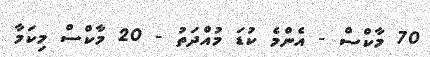
70 މާކްސް - އެންމެ ކުޑަ މުއްދަތު - 20 މާކްސް މިކަމާ